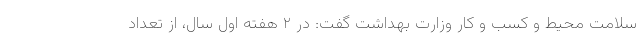
سلامت محیط و کسب و کار وزارت بهداشت گفت: در ۲ هفته اول سال، از تعداد